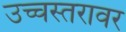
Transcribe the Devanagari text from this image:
उच्चस्तरावर